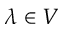
\lambda \in V